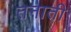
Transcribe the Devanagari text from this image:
तनाती